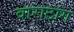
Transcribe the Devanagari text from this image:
वाराटांग